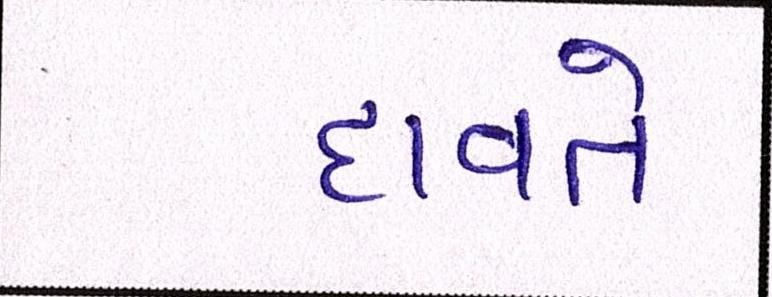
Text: દાવતે